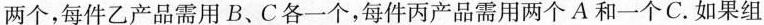
两个，每件乙产品需用B、C各一个，每件丙产品需用两个A和一个C.如果组